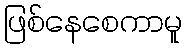
ဖြစ်နေစေကာမူ